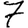
Digit: 7